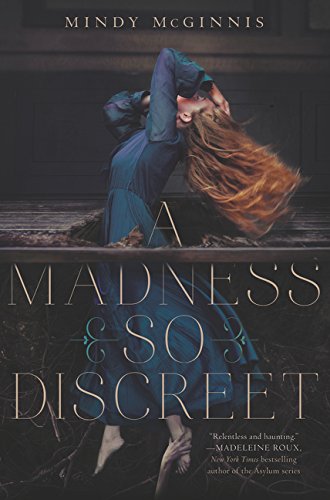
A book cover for A Madness So Discreet; Mindy McGinnis; Teen & Young Adult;